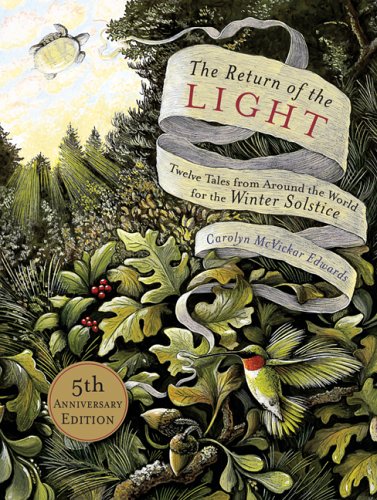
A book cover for The Return of the Light: Twelve Tales from Around the World for the Winter Solstice; Carolyn McVickar Edwards; Literature & Fiction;